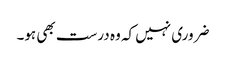
ضروری نہیں کہ وہ درست بھی ہو۔